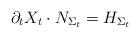
LaTeX: \begin{align*}\partial_{t}X_{t}\cdot N_{\Sigma_{t}}=H_{\Sigma_{t}}\end{align*}